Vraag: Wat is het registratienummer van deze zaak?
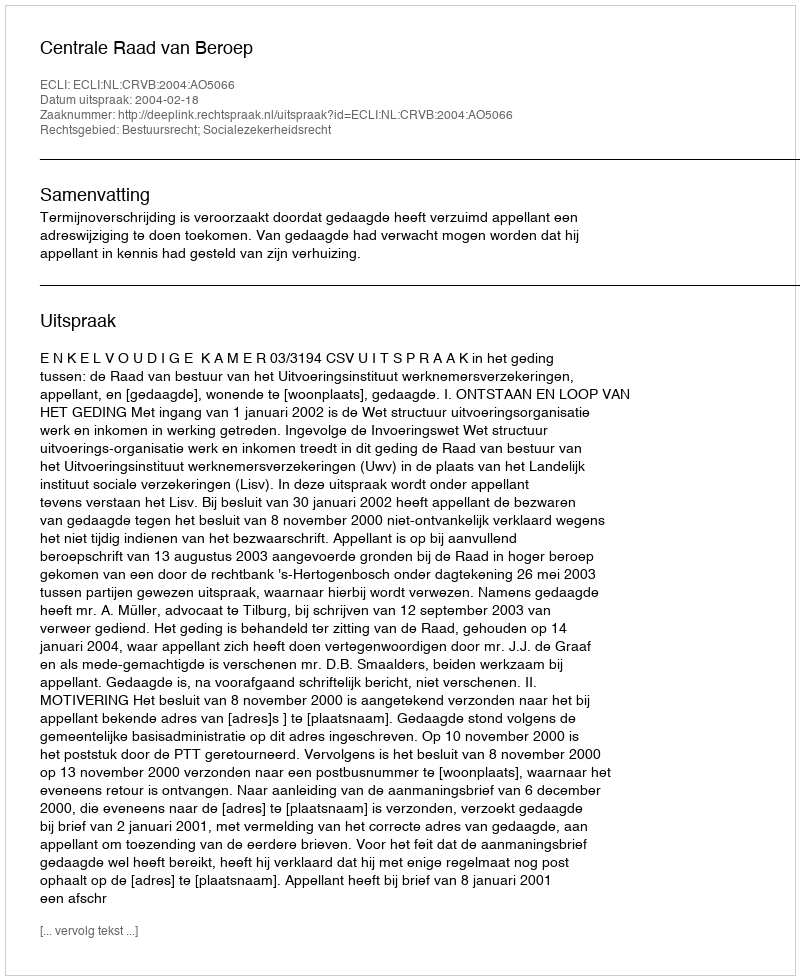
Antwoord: http://deeplink.rechtspraak.nl/uitspraak?id=ECLI:NL:CRVB:2004:AO5066